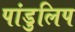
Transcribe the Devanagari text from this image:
पांडुलिप